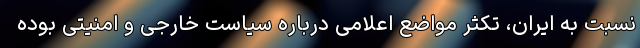
نسبت به ایران، تکثر مواضع اعلامی درباره سیاست خارجی و امنیتی بوده